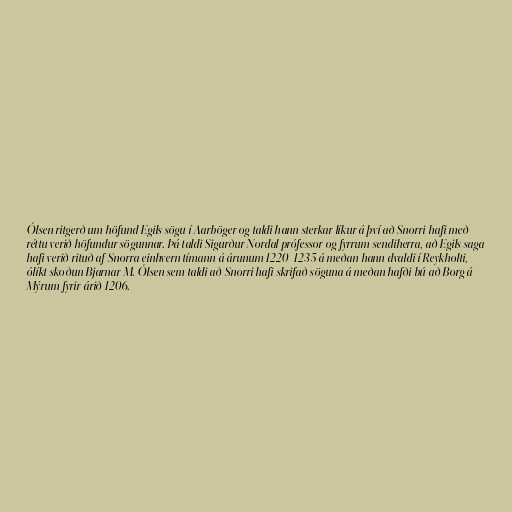
Ólsen ritgerð um höfund Egils sögu í Aarböger og taldi hann sterkar líkur á því að Snorri hafi með
réttu verið höfundur sögunnar. Þá taldi Sigurður Nordal prófessor og fyrrum sendiherra, að Egils saga
hafi verið rituð af Snorra einhvern tímann á árunum 1220-1235 á meðan hann dvaldi í Reykholti,
ólíkt skoðun Bjarnar M. Ólsen sem taldi að Snorri hafi skrifað söguna á meðan hafði bú að Borg á
Mýrum fyrir árið 1206.